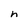
Character: n